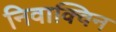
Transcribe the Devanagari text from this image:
निवाक्विन